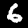
Digit: 6